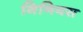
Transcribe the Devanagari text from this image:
गिनियस